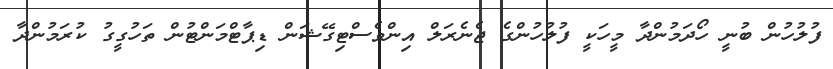
ފުލުހުން ބުނީ ހޯދަމުންދާ މީހަކީ ފުލުހުންގެ ޖެނެރަލް އިންވެސްޓިގޭޝަން ޑިޕާޓްމަންޓުން ތަހުގީގު ކުރަމުންދާ